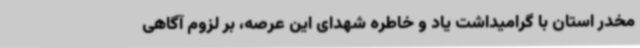
مخدر استان با گرامیداشت یاد و خاطره شهدای این عرصه، بر لزوم آگاهی